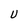
Character: U